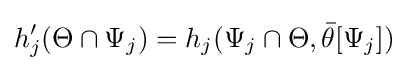
h'_{j}(\Theta \cap \Psi _{j})=h_{j}(\Psi _{j}\cap \Theta ,{\bar {\theta }}[\Psi _{j}])